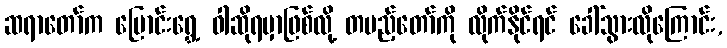
ဆရာတော်က ပြောင်းရွှေ့ ဝါဆိုရမှာဖြစ်လို့ တပည့်တော်ကို လိုက်နိုင်ရင် ခေါ်သွားလိုကြောင်း,